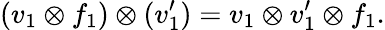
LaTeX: (v_{1}\otimes f_{1})\otimes(v_{1}^{\prime})=v_{1}\otimes v_{1}^{\prime}\otimes f_{1}.